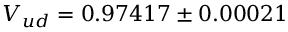
V _ { u d } = 0 . 9 7 4 1 7 \pm 0 . 0 0 0 2 1